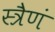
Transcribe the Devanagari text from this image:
स्त्रैणं